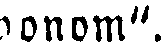
honom".